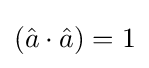
({\hat {a}}\cdot {\hat {a}})=1